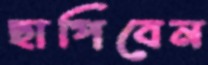
ছাপিবেন